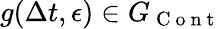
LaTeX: g(\Delta t,\epsilon)\in G_{\mathrm{~C~o~n~t~}}